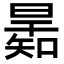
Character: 𣊋